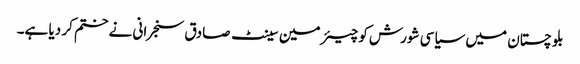
بلو چستان میں سیاسی شورش کو چیئرمین سینٹ صادق سنجرانی نے ختم کر دیا ہے۔